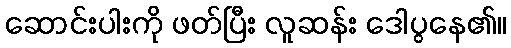
ဆောင်းပါးကို ဖတ်ပြီး လူဆန်း ဒေါပွနေ၏။